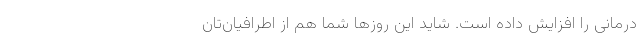
درمانی را افزایش داده است. شاید این روزها شما هم از اطرافیان‌تان